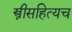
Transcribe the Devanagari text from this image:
स्त्रीसहित्यच